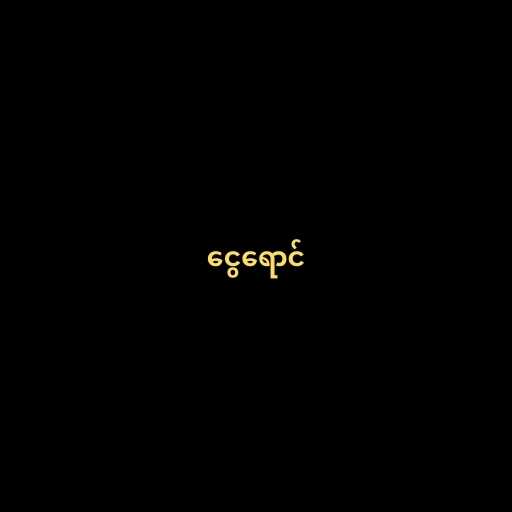
ငွေရောင်